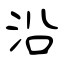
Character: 沿